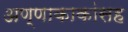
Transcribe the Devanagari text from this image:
अण्णाकाकांसह